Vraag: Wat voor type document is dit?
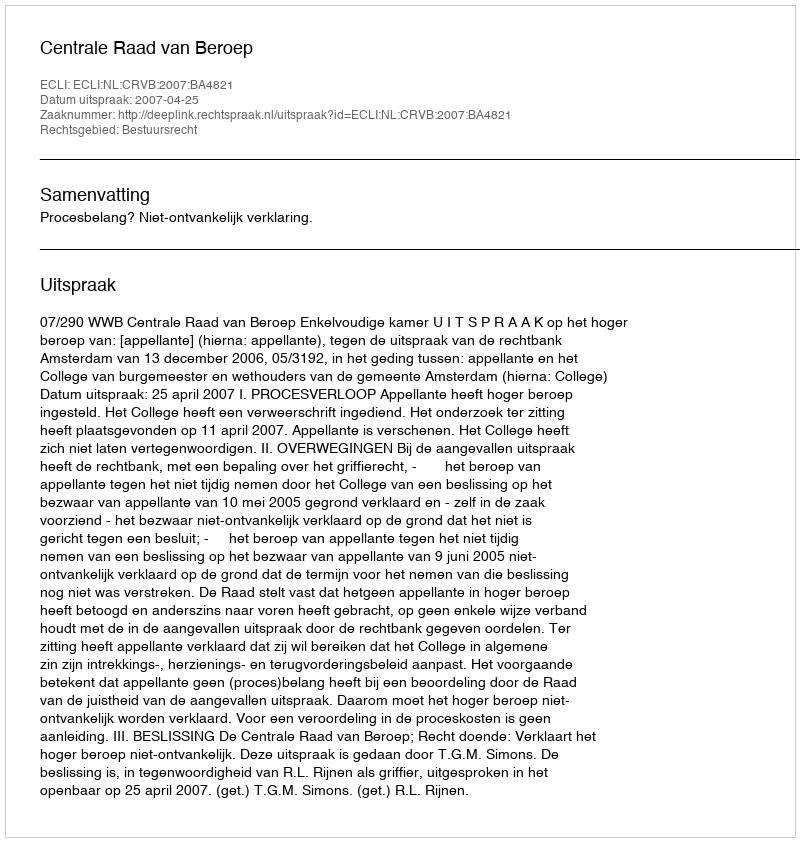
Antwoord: Uitspraak